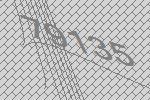
79135